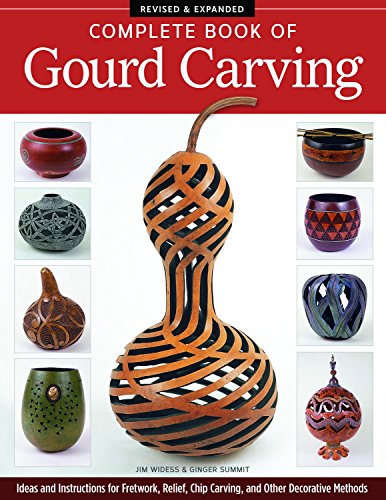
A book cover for Complete Book of Gourd Carving, Revised & Expanded: Ideas and Instructions for Fretwork, Relief, Chip Carving, and Other Decorative Methods; Jim Widess; Crafts, Hobbies & Home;